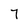
Character: 7